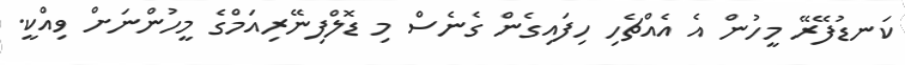
ކަނޑުފޭރޭ މީހުން އެ އެއްޗެހި ހިފައިގެން ގެނެސް މި ޑޮލްފިނޭރިއަމްގެ މީހުންނަށް ވިއްކީ.